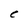
Character: C